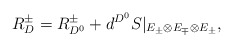
\begin{align*} R_{D}^\pm = R_{D^0}^\pm + d^{D^0}S|_{E_\pm \otimes E_{\mp}\otimes E_\pm},\end{align*}